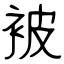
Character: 被